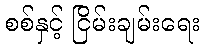
စစ်နှင့် ငြိမ်းချမ်းရေး